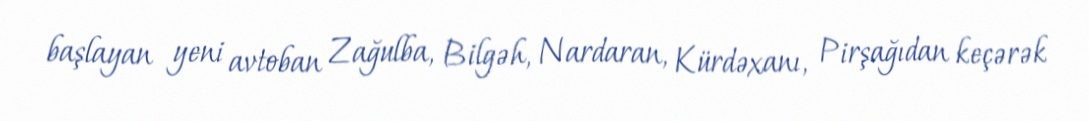
başlayan yeni avtoban Zağulba, Bilgəh, Nardaran, Kürdəxanı, Pirşağıdan keçərək